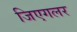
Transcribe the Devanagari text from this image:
जिएगलर